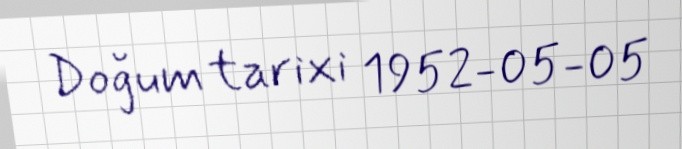
Doğum tarixi 1952-05-05